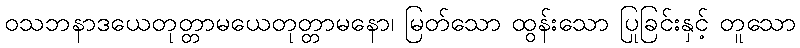
ဝသဘနာဒယေတုတ္တာမယေတုတ္တာမနော၊ မြတ်သော ထွန်းသော ပြုခြင်းနှင့် တူသော